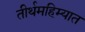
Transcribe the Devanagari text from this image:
तीर्थमहिम्यात